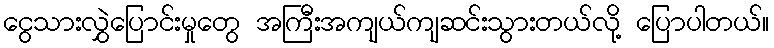
ငွေသားလွှဲပြောင်းမှုတွေ အကြီးအကျယ်ကျဆင်းသွားတယ်လို့ ပြောပါတယ်။